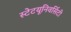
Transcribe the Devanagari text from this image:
स्टेटयूनिवर्सिटी